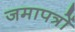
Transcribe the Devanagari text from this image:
जमापत्रों